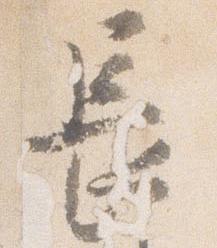
長